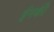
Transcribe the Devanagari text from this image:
ईनकी